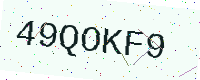
Text: 49QOKF9